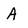
Character: A